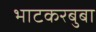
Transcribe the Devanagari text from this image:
भाटकरबुबा